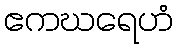
ဧကဃရေဟံ